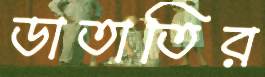
ডাতাতির